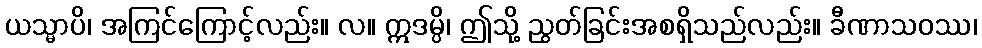
ယသ္မာပိ၊ အကြင်ကြောင့်လည်း။ လ။ ဣဒမ္ပိ၊ ဤသို့ ညွတ်ခြင်းအစရှိသည်လည်း။ ခီဏာသဝဿ၊